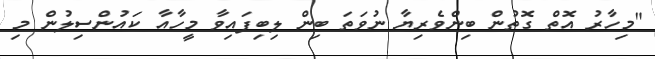
"މިހާރު އޮތް ގޮތުން ބިންވެރިޔާ ނުވަތަ ބިން ލިބިފައިވާ މީހާއާ ކައުންސިލުން މި